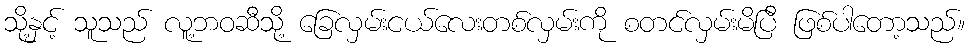
သို့နှင့် သူသည် လူ့ဘဝဆီသို့ ခြေလှမ်းငယ်လေးတစ်လှမ်းကို စတင်လှမ်းမိပြီ ဖြစ်ပါတော့သည်။